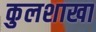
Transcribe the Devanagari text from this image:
कुलशाखा